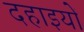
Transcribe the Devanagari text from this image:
दहाइयों